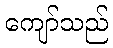
ကျော်သည်